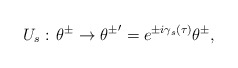
\begin{align*}U_{s}:\, \theta^\pm \rightarrow{\theta^\pm}'=e^{\pm i{\gamma}_s(\tau)}\theta^\pm,\end{align*}